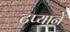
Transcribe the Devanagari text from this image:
टप्याने